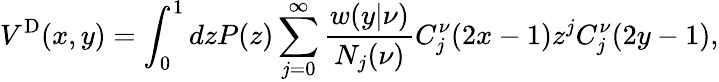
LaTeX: V^{\mathrm{D}}(x,y)=\int_{0}^{1}dzP(z)\sum_{j=0}^{\infty}\frac{w(y|\nu)}{N_{j}(\nu)}C_{j}^{\nu}(2x-1)z^{j}C_{j}^{\nu}(2y-1),